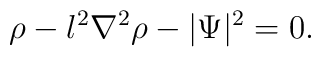
\rho - l^{2}\nabla^{2}\rho - |\Psi|^{2} = 0.